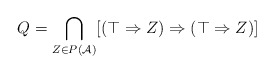
\begin{align*}Q = \bigcap_{Z\in P(\mathcal A)} [(\top \Rightarrow Z) \Rightarrow (\top \Rightarrow Z)]\end{align*}